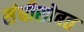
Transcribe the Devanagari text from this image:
संधीसोबत